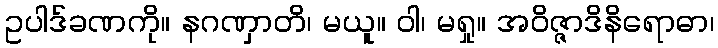
ဥပါဒ်ခဏကို။ နဂဏှာတိ၊ မယူ။ ဝါ၊ မရှု။ အဝိဇ္ဇာဒိနိရောဓာ၊